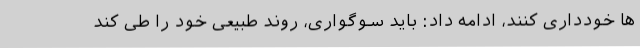
ها خودداری کنند، ادامه داد: باید سوگواری، روند طبیعی خود را طی کند